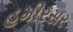
હમીરસર